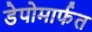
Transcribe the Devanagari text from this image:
डेपोमार्फत